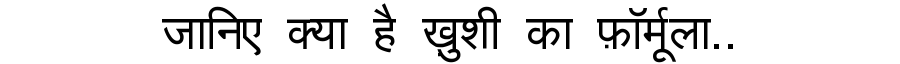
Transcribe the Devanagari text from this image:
जानिए क्या है ख़ुशी का फ़ॉर्मूला..